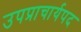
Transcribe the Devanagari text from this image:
उपप्राचार्यपद